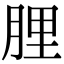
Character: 䤚